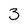
Character: 3